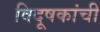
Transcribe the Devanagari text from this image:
विदूषकांची